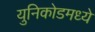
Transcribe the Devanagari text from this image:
युनिकोडमध्‍ये